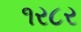
૧ર૮ર